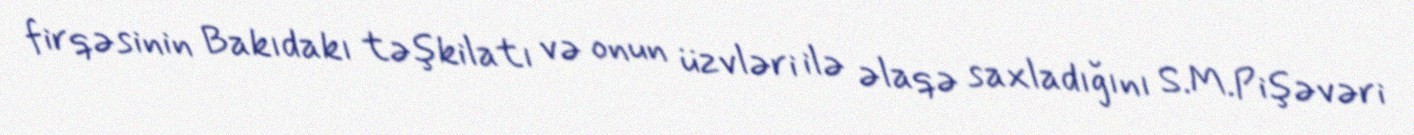
firqəsinin Bakıdakı təşkilatı və onun üzvləri ilə əlaqə saxladığını S.M.Pişəvəri